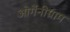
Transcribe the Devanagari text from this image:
ओर्गेनीग्राम